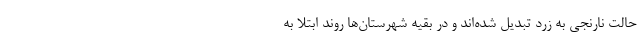
حالت نارنجی به زرد تبدیل شده‌اند و در بقیه شهرستان‌ها روند ابتلا به